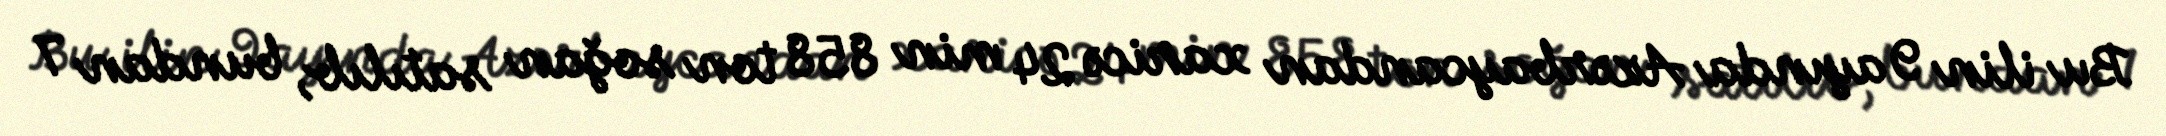
Bu ilin 9 ayında Azərbaycandan xaricə 24 min 858 ton soğan satılıb, bundan 7